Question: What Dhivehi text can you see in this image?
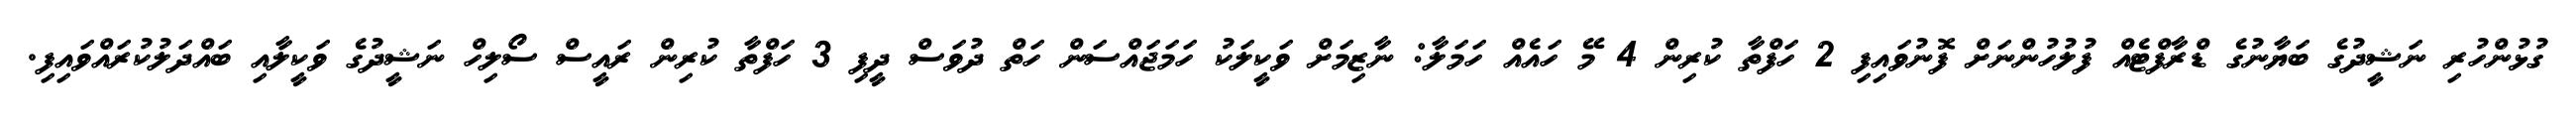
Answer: ގުޅުންހުރި ނަޝީދުގެ ބަޔާނުގެ ޑްރާފްޓެއް ފުލުހުންނަށް ފޮނުވައިފި 2 ހަފްތާ ކުރިން 4 މޭ ހައެއް ހަމަލާ: ނާޒިމަށް ވަކީލަކު ހަމަޖައްސަން ހަތް ދުވަސް ދީފި 3 ހަފްތާ ކުރިން ރައީސް ސޯލިހް ނަޝީދުގެ ވަކީލާއި ބައްދަލުކުރައްވައިފި.